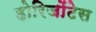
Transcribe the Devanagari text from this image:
होरिजोंटेस